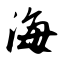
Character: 海